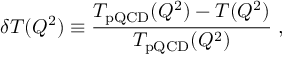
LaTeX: \delta T ( Q ^ { 2 } ) \equiv { \frac { T _ { \mathrm { p Q C D } } ( Q ^ { 2 } ) - T ( Q ^ { 2 } ) } { T _ { \mathrm { p Q C D } } ( Q ^ { 2 } ) } } \; ,